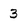
Character: 3